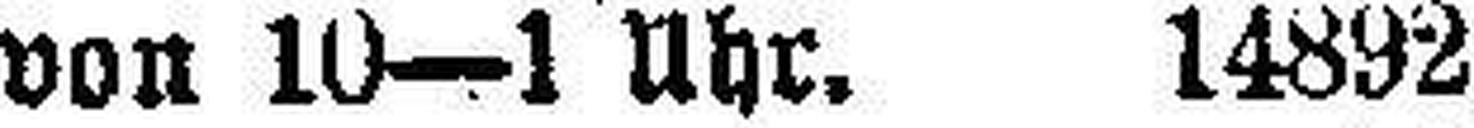
von 10-1 Uhr.